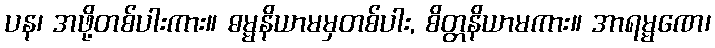
ပန၊ အဖို့တစ်ပါးကား။ ဓမ္မနိယာမမှတစ်ပါး, စိတ္တနိယာမကား။ အာရမ္မဏေ၊